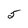
Character: 5